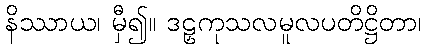
နိဿာယ၊ မှီ၍။ ဒဠှကုသလမူလပတိဋ္ဌိတာ၊